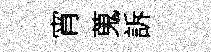
宵蒐訴